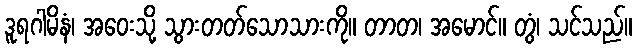
ဒူရဂါမိနံ၊ အဝေးသို့ သွားတတ်သောသားကို။ တာတ၊ အမောင်။ တွံ၊ သင်သည်။